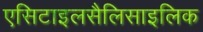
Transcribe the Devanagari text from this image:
एसिटाइलसैलिसाइलिक